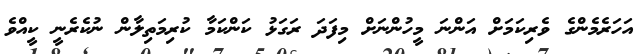
އަހަރެމެންގެ ވެރިކަމަށް އަންނަ މީހުންނަށް މިފަދަ ރަގަޅު ކަންކަމާ ކުރިމަތިލާން ނުކެރެނީ ކީއްވެ